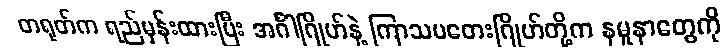
တရုတ်က ရည်မှန်းထားပြီး အင်္ဂါဂြိုဟ်နဲ့ ကြာသပတေးဂြိုဟ်တို့က နမူနာတွေကို